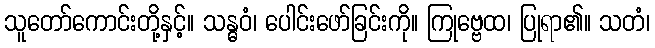
သူတော်ကောင်းတို့နှင့်။ သန္ဓဝံ၊ ပေါင်းဖော်ခြင်းကို။ ကြုဗ္ဗေထ၊ ပြုရာ၏။ သတံ၊